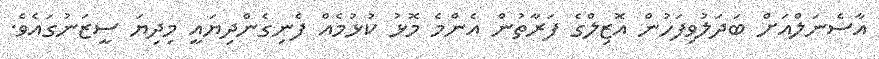
އާސެނަލްއަށް ބަދަލުވިފަހުން އޮޒިލްގެ ފަރާތުން އެންމެ މޮޅު ކުޅުމެއް ފެނިގެންދިޔައީ މިދިޔަ ސީޒަނުގައެވެ.